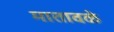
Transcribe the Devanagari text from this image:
मातावळे